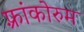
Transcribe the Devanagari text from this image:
फ़्रांकोरुम